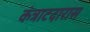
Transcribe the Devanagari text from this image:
कंत्राटदारास